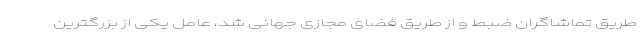
طریق تماشاگران ضبط و از طریق فضای مجازی جهانی شد، عامل یکی از بزرگترین